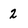
Character: 2